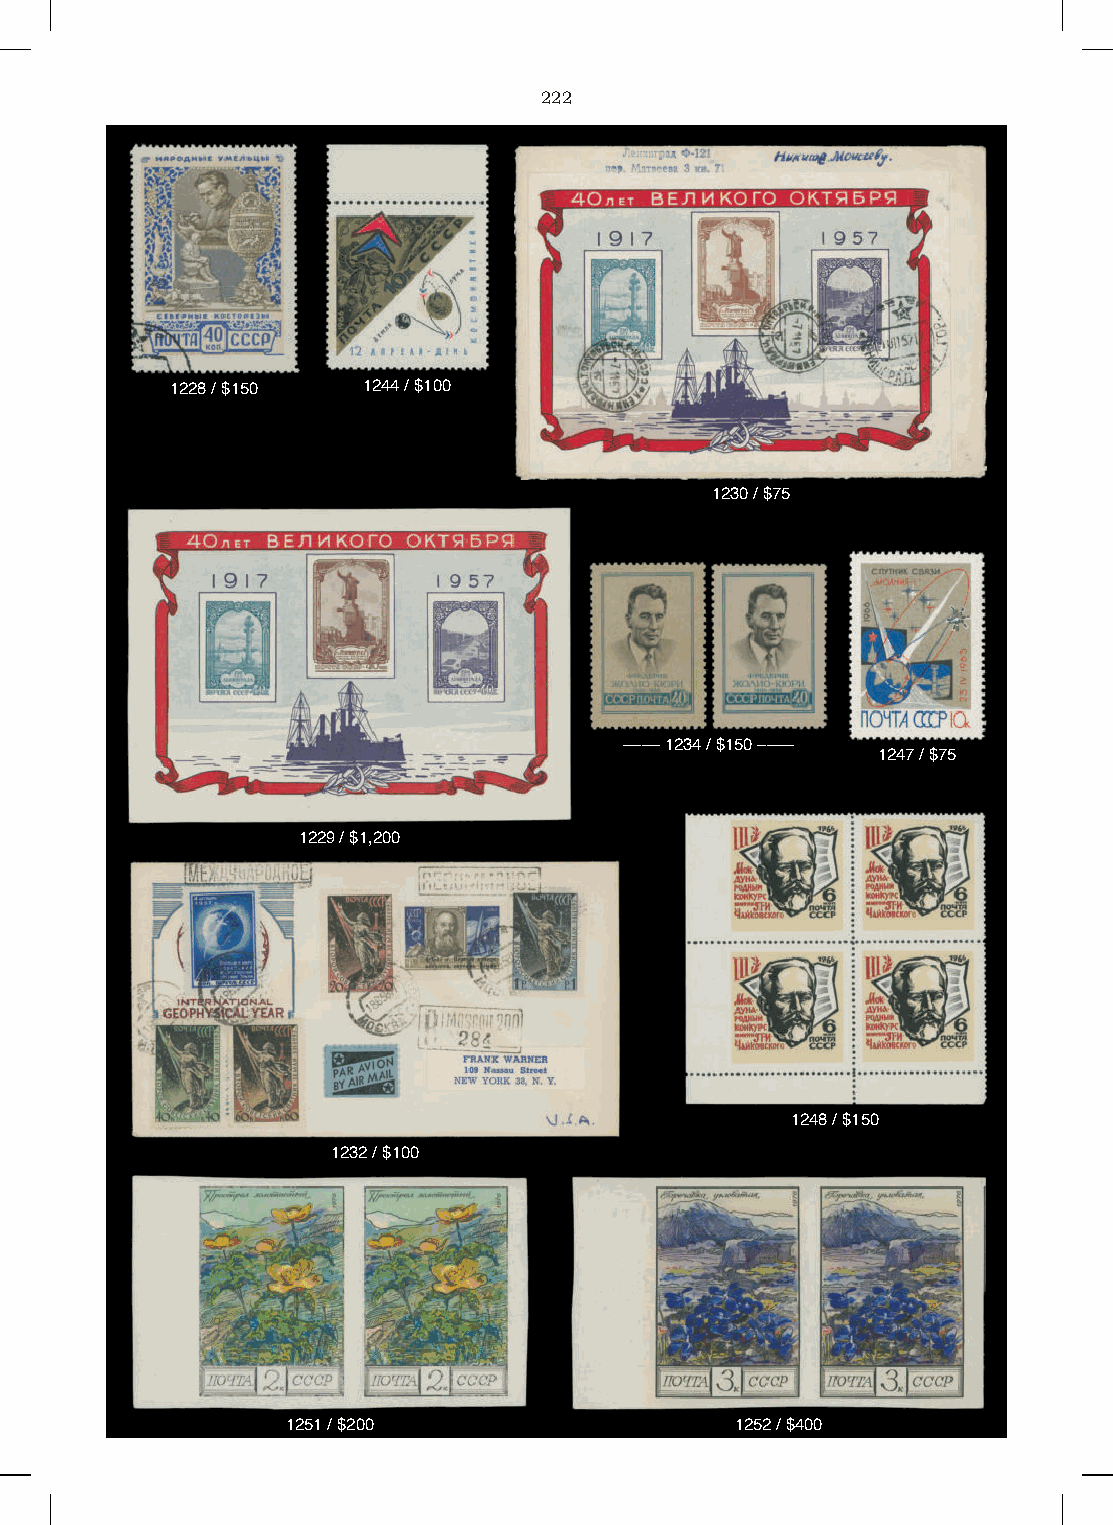
222
 1228 / $150  1244 / $100
 1230 / $75
 –––– 1234 / $150 ––––
 1247 / $75
 1229 / $1,200
 1248 / $150
 1232 / $100
 1251 / $200                   1252 / $400